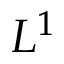
L ^ { 1 }